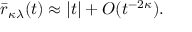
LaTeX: \bar { r } _ { \kappa \lambda } ( t ) \approx | t | + O ( t ^ { - 2 \kappa } ) .